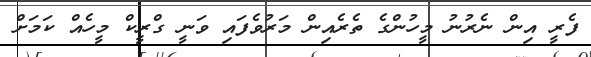
ފެރީ އިން ނެރުނު މީހުންގެ ތެރެއިން މަރުވެފައި ވަނީ ގްރީކް މީހެއް ކަމަށް